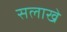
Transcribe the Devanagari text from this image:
सलाखे